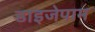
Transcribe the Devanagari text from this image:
डाइजेपाम